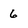
Character: 6